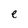
Character: e